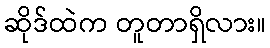
ဆိုဒ်ထဲက တူတာရှိလား။